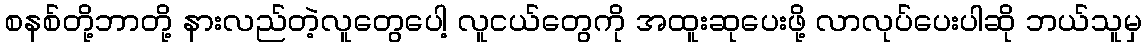
စနစ်တို့ဘာတို့ နားလည်တဲ့လူတွေပေါ့ လူငယ်တွေကို အထူးဆုပေးဖို့ လာလုပ်ပေးပါဆို ဘယ်သူမှ